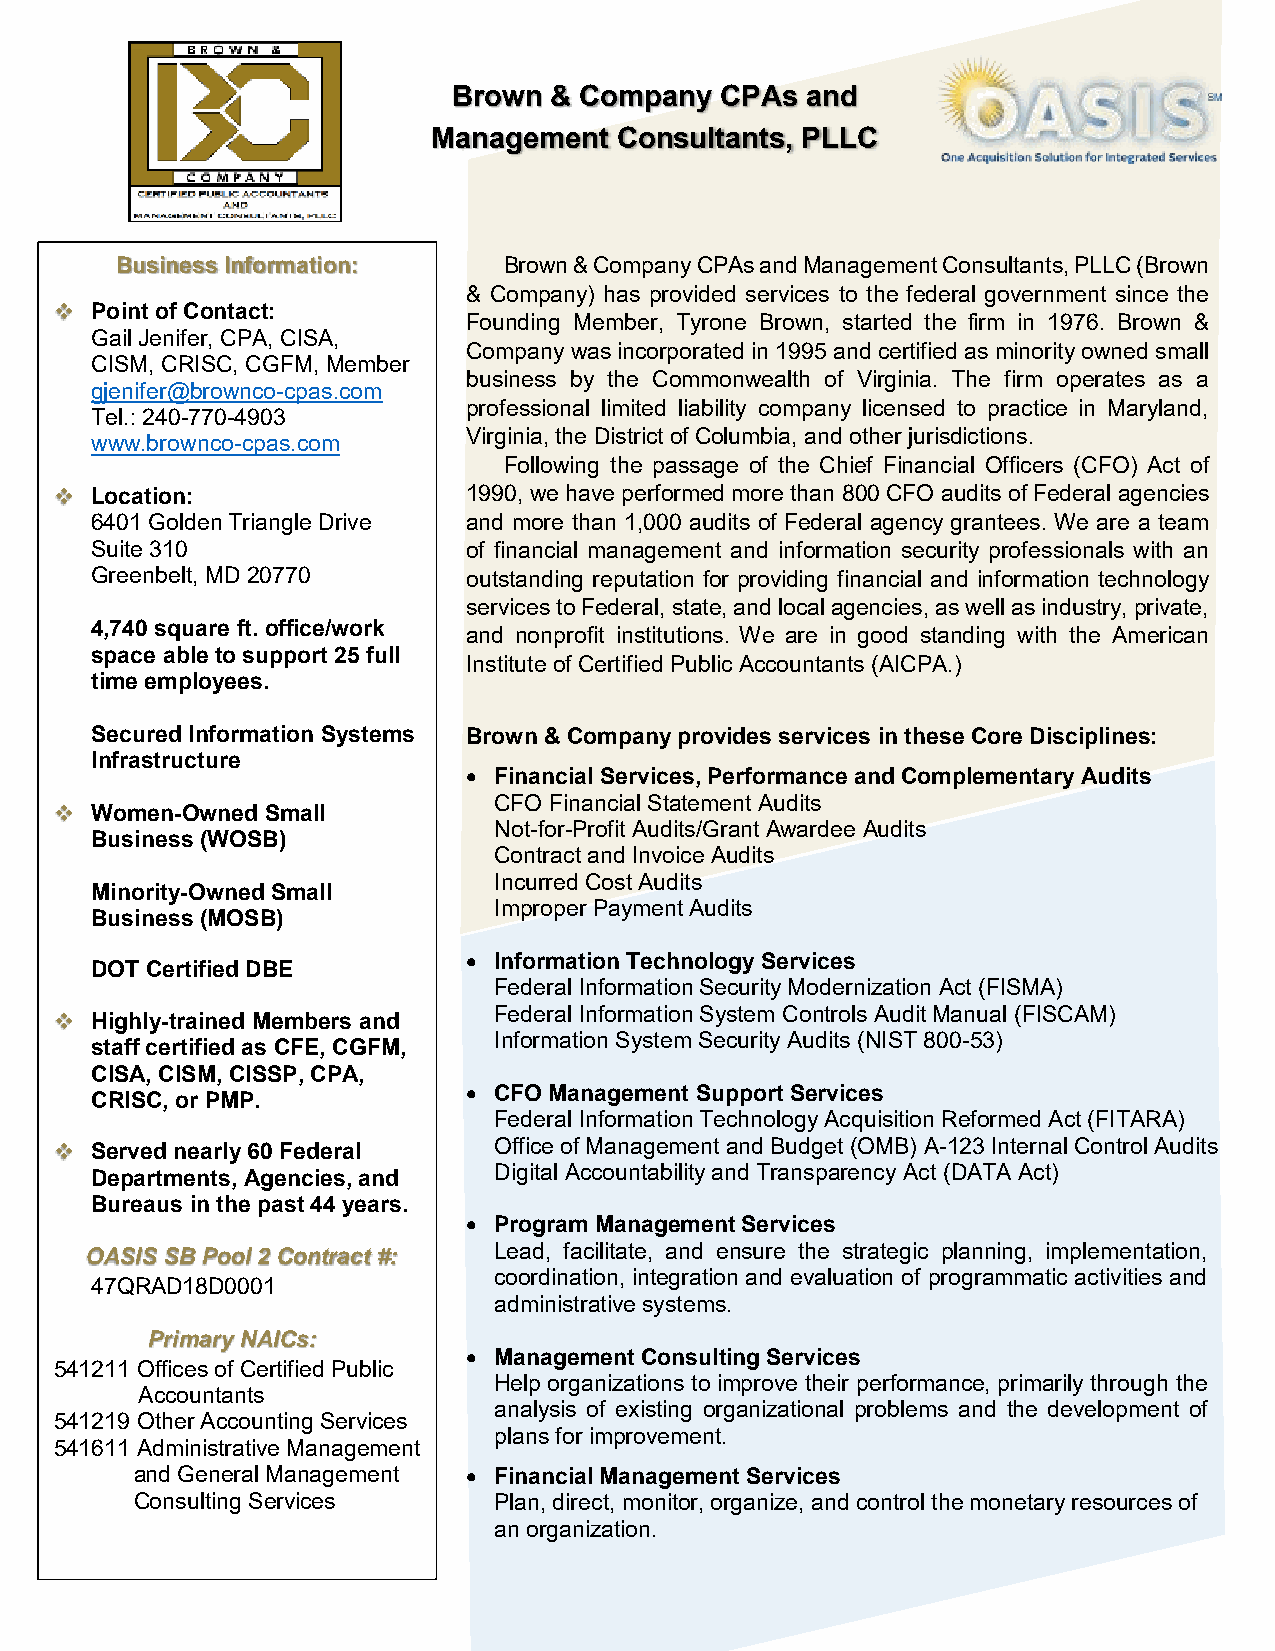
Brown & Company   CPAs and
 Management  Consultants, PLLC
 Business Information:    Brown & Company CPAs and Management Consultants, PLLC (Brown
 & Company) has provided services to the federal government since the
 ❖ Point of Contact:
 Founding Member, Tyrone Brown, started the firm in 1976. Brown &
 Gail Jenifer, CPA, CISA,
 Company was incorporated in 1995 and certified as minority owned small
 CISM, CRISC, CGFM, Member
 business by the Commonwealth of Virginia. The firm operates as a
 gjenifer@brownco-cpas.com
 professional limited liability company licensed to practice in Maryland,
 Tel.: 240-770-4903
 Virginia, the District of Columbia, and other jurisdictions.
 www.brownco-cpas.com
 Following the passage of the Chief Financial Officers (CFO) Act of
 ❖ Location:                1990, we have performed more than 800 CFO audits of Federal agencies
 6401 Golden Triangle Drive and more than 1,000 audits of Federal agency grantees. We are a team
 Suite 310                of financial management and information security professionals with an
 Greenbelt, MD 20770      outstanding reputation for providing financial and information technology
 services to Federal, state, and local agencies, as well as industry, private,
 4,740 square ft. office/work
 and nonprofit institutions. We are in good standing with the American
 space able to support 25 full
 Institute of Certified Public Accountants (AICPA.)
 time employees.
 Secured Information Systems Brown & Company provides services in these Core Disciplines:
 Infrastructure
 • Financial Services, Performance and Complementary Audits
 CFO Financial Statement Audits
 ❖ Women-Owned Small
 Not-for-Profit Audits/Grant Awardee Audits
 Business (WOSB)
 Contract and Invoice Audits
 Incurred Cost Audits
 Minority-Owned Small
 Improper Payment Audits
 Business (MOSB)
 • Information Technology Services
 DOT Certified DBE
 Federal Information Security Modernization Act (FISMA)
 ❖ Highly-trained Members and Federal Information System Controls Audit Manual (FISCAM)
 Information System Security Audits (NIST 800-53)
 staff certified as CFE, CGFM,
 CISA, CISM, CISSP, CPA,
 • CFO Management Support Services
 CRISC, or PMP.
 Federal Information Technology Acquisition Reformed Act (FITARA)
 ❖ Served nearly 60 Federal   Office of Management and Budget (OMB) A-123 Internal Control Audits
 Digital Accountability and Transparency Act (DATA Act)
 Departments, Agencies, and
 Bureaus in the past 44 years.
 • Program Management Services
 OASIS SB Pool 2 Contract #: Lead, facilitate, and ensure the strategic planning, implementation,
 coordination, integration and evaluation of programmatic activities and
 47QRAD18D0001
 administrative systems.
 Primary NAICs:
 • Management Consulting Services
 541211 Offices of Certified Public
 Help organizations to improve their performance, primarily through the
 Accountants
 analysis of existing organizational problems and the development of
 541219 Other Accounting Services
 plans for improvement.
 541611 Administrative Management
 and General Management • Financial Management Services
 Consulting Services     Plan, direct, monitor, organize, and control the monetary resources of
 an organization.